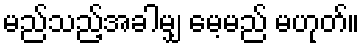
မည်သည့်အခါမျှ မေ့မည် မဟုတ်။